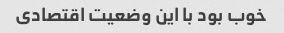
خوب بود با این وضعیت اقتصادی